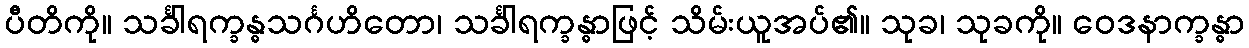
ပီတိကို။ သင်္ခါရက္ခန္ဓသင်္ဂဟိတော၊ သင်္ခါရက္ခန္ဓာဖြင့် သိမ်းယူအပ်၏။ သုခ၊ သုခကို။ ဝေဒနာက္ခန္ဓာ